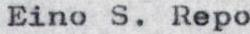
Eino S. Repo